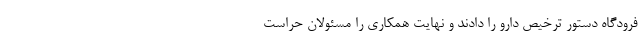
فرودگاه دستور ترخیص دارو را دادند و نهایت همکاری را مسئولان حراست